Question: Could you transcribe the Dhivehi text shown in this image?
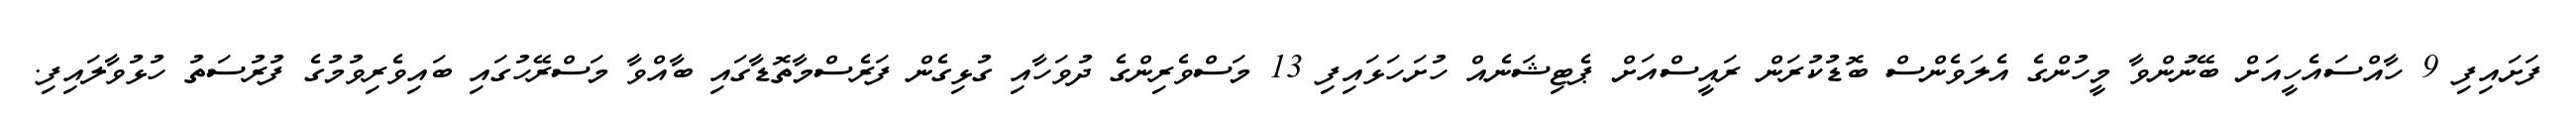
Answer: ފަށައިފި 9 ހާއްސައެހީއަށް ބޭނުންވާ މީހުންގެ އެލަވެންސް ބޮޑުކުރަން ރައީސްއަށް ޕެޓިޝަނެއް ހުށަހަޅައިފި 13 މަސްވެރިންގެ ދުވަހާއި ގުޅިގެން ފަރެސްމާތޮޑާގައި ބާއްވާ މަސްރޭހުގައި ބައިވެރިވުމުގެ ފުރުސަތު ހުޅުވާލައިފި.